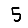
Digit: 5